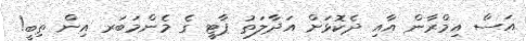
އަސް އިމްރާން އާއި ދެކޮޅަށް އަދާލަތު ޕާޓީ ގެ މެންމަބަރ އިން ތިބީ!